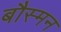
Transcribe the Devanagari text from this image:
बौस्मन